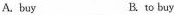
A. buy B. to buy